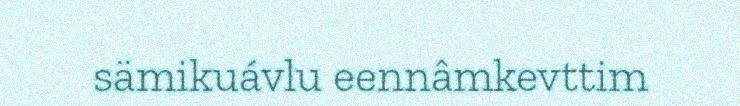
sämikuávlu eennâmkevttim